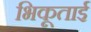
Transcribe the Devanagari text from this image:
भिकूताई